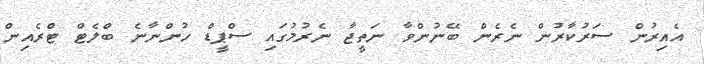
އެއިރުން ސަރުކާރުން ނެރެން ބޭނުންވާ ނަތީޖާ ނެރުމުގައި ސްޕީޑް ހުންނާނެ ބްލެޓް ޓްރެއިން